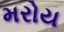
મરોય